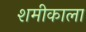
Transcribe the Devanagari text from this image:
शमीकाला